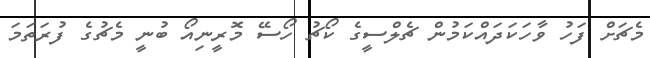
މެޗަށް ފަހު ވާހަކަދައްކަމުން ޗެލްސީގެ ކޯޗު ހޯސޭ މޮރީނިއޯ ބުނީ މެޗުގެ ފުރަތަމަ